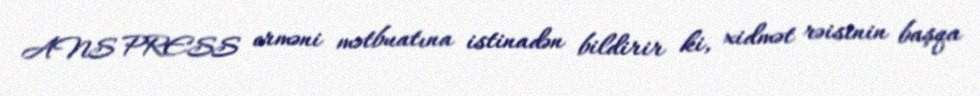
ANS PRESS erməni mətbuatına istinadən bildirir ki, xidmət rəisinin başqa